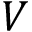
V